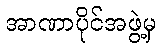
အာဏာပိုင်အဖွဲ့မှ